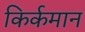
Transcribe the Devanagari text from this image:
किर्कमान